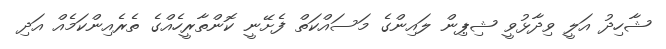
ޝާހިދު އަލީ ވިދާޅުވީ ޝިޕިން ލައިންގެ މަސައްކަތް ފެށޭނީ ކޮންތާރީހެއްގެ ތެރެއިންކަމެއް އަދި